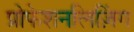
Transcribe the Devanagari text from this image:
प्रोफेशनलिज़िंग